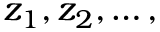
z _ { 1 } , z _ { 2 } , \ldots ,